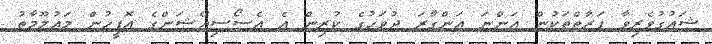
ޝައުގުވެރިވާ ފަރާތްތަކުން އަންނަ އަންގާރަ ދުވަހުގެ ކުރިން އެ އެސޯސިއޭޝަންގެ އޮފީހުން މައުލޫމާތު